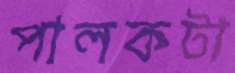
পালকটা